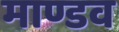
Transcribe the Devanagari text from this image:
माण्डव